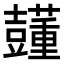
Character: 𧄓